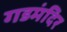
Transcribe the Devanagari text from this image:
गडमंदिर